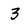
Character: 3